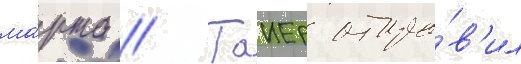
ма́рта // Таиер отпра́в'ил